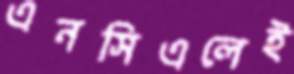
এনসিএলেই